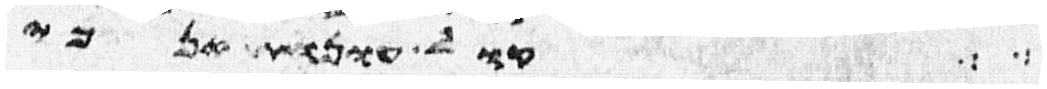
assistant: קול עונות אנכי